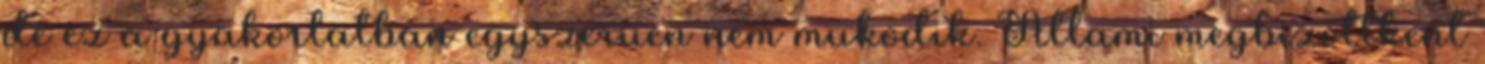
de ez a gyakorlatban egyszeruen nem mukodik. Allami megbizottkent